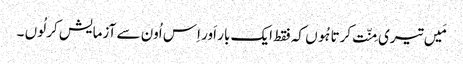
مَیں تیری مِنّت کرتا ہُوں کہ فقط ایک بار اَور اِس اُون سے آزمایش کر لُوں ۔